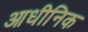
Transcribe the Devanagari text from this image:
आधीनिक